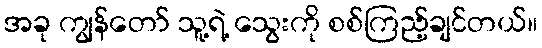
အခု ကျွန်တော် သူ့ရဲ့ သွေးကို စစ်ကြည့်ချင်တယ်။